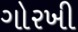
ગોરખી